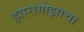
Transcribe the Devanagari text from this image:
झारागोझाचा